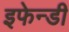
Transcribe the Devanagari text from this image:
इफेन्डी